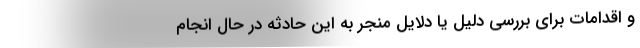
و اقدامات برای بررسی دلیل یا دلایل منجر به این حادثه در حال انجام